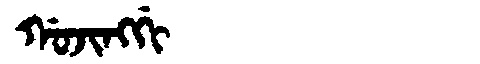
Manchu: ᡤᠣᠵᡳᠩᡤᡳ
Romanization: GOJINGGI